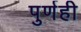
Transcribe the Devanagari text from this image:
पुर्णही